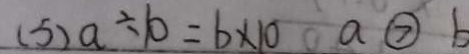
( 5 ) a \div 1 0 = b \times 1 0 a \textcircled { > } b